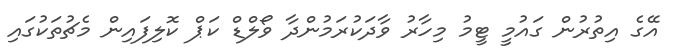
އޭގެ އިތުރުން ގައުމީ ޓީމު މިހާރު ވާދަކުރަމުންދާ ވޯލްޑް ކަޕް ކޮލިފައިން މެޗުތަކުގައި